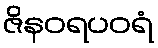
ဇိနဝရပဝရံ